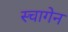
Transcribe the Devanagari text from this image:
स्चागेन